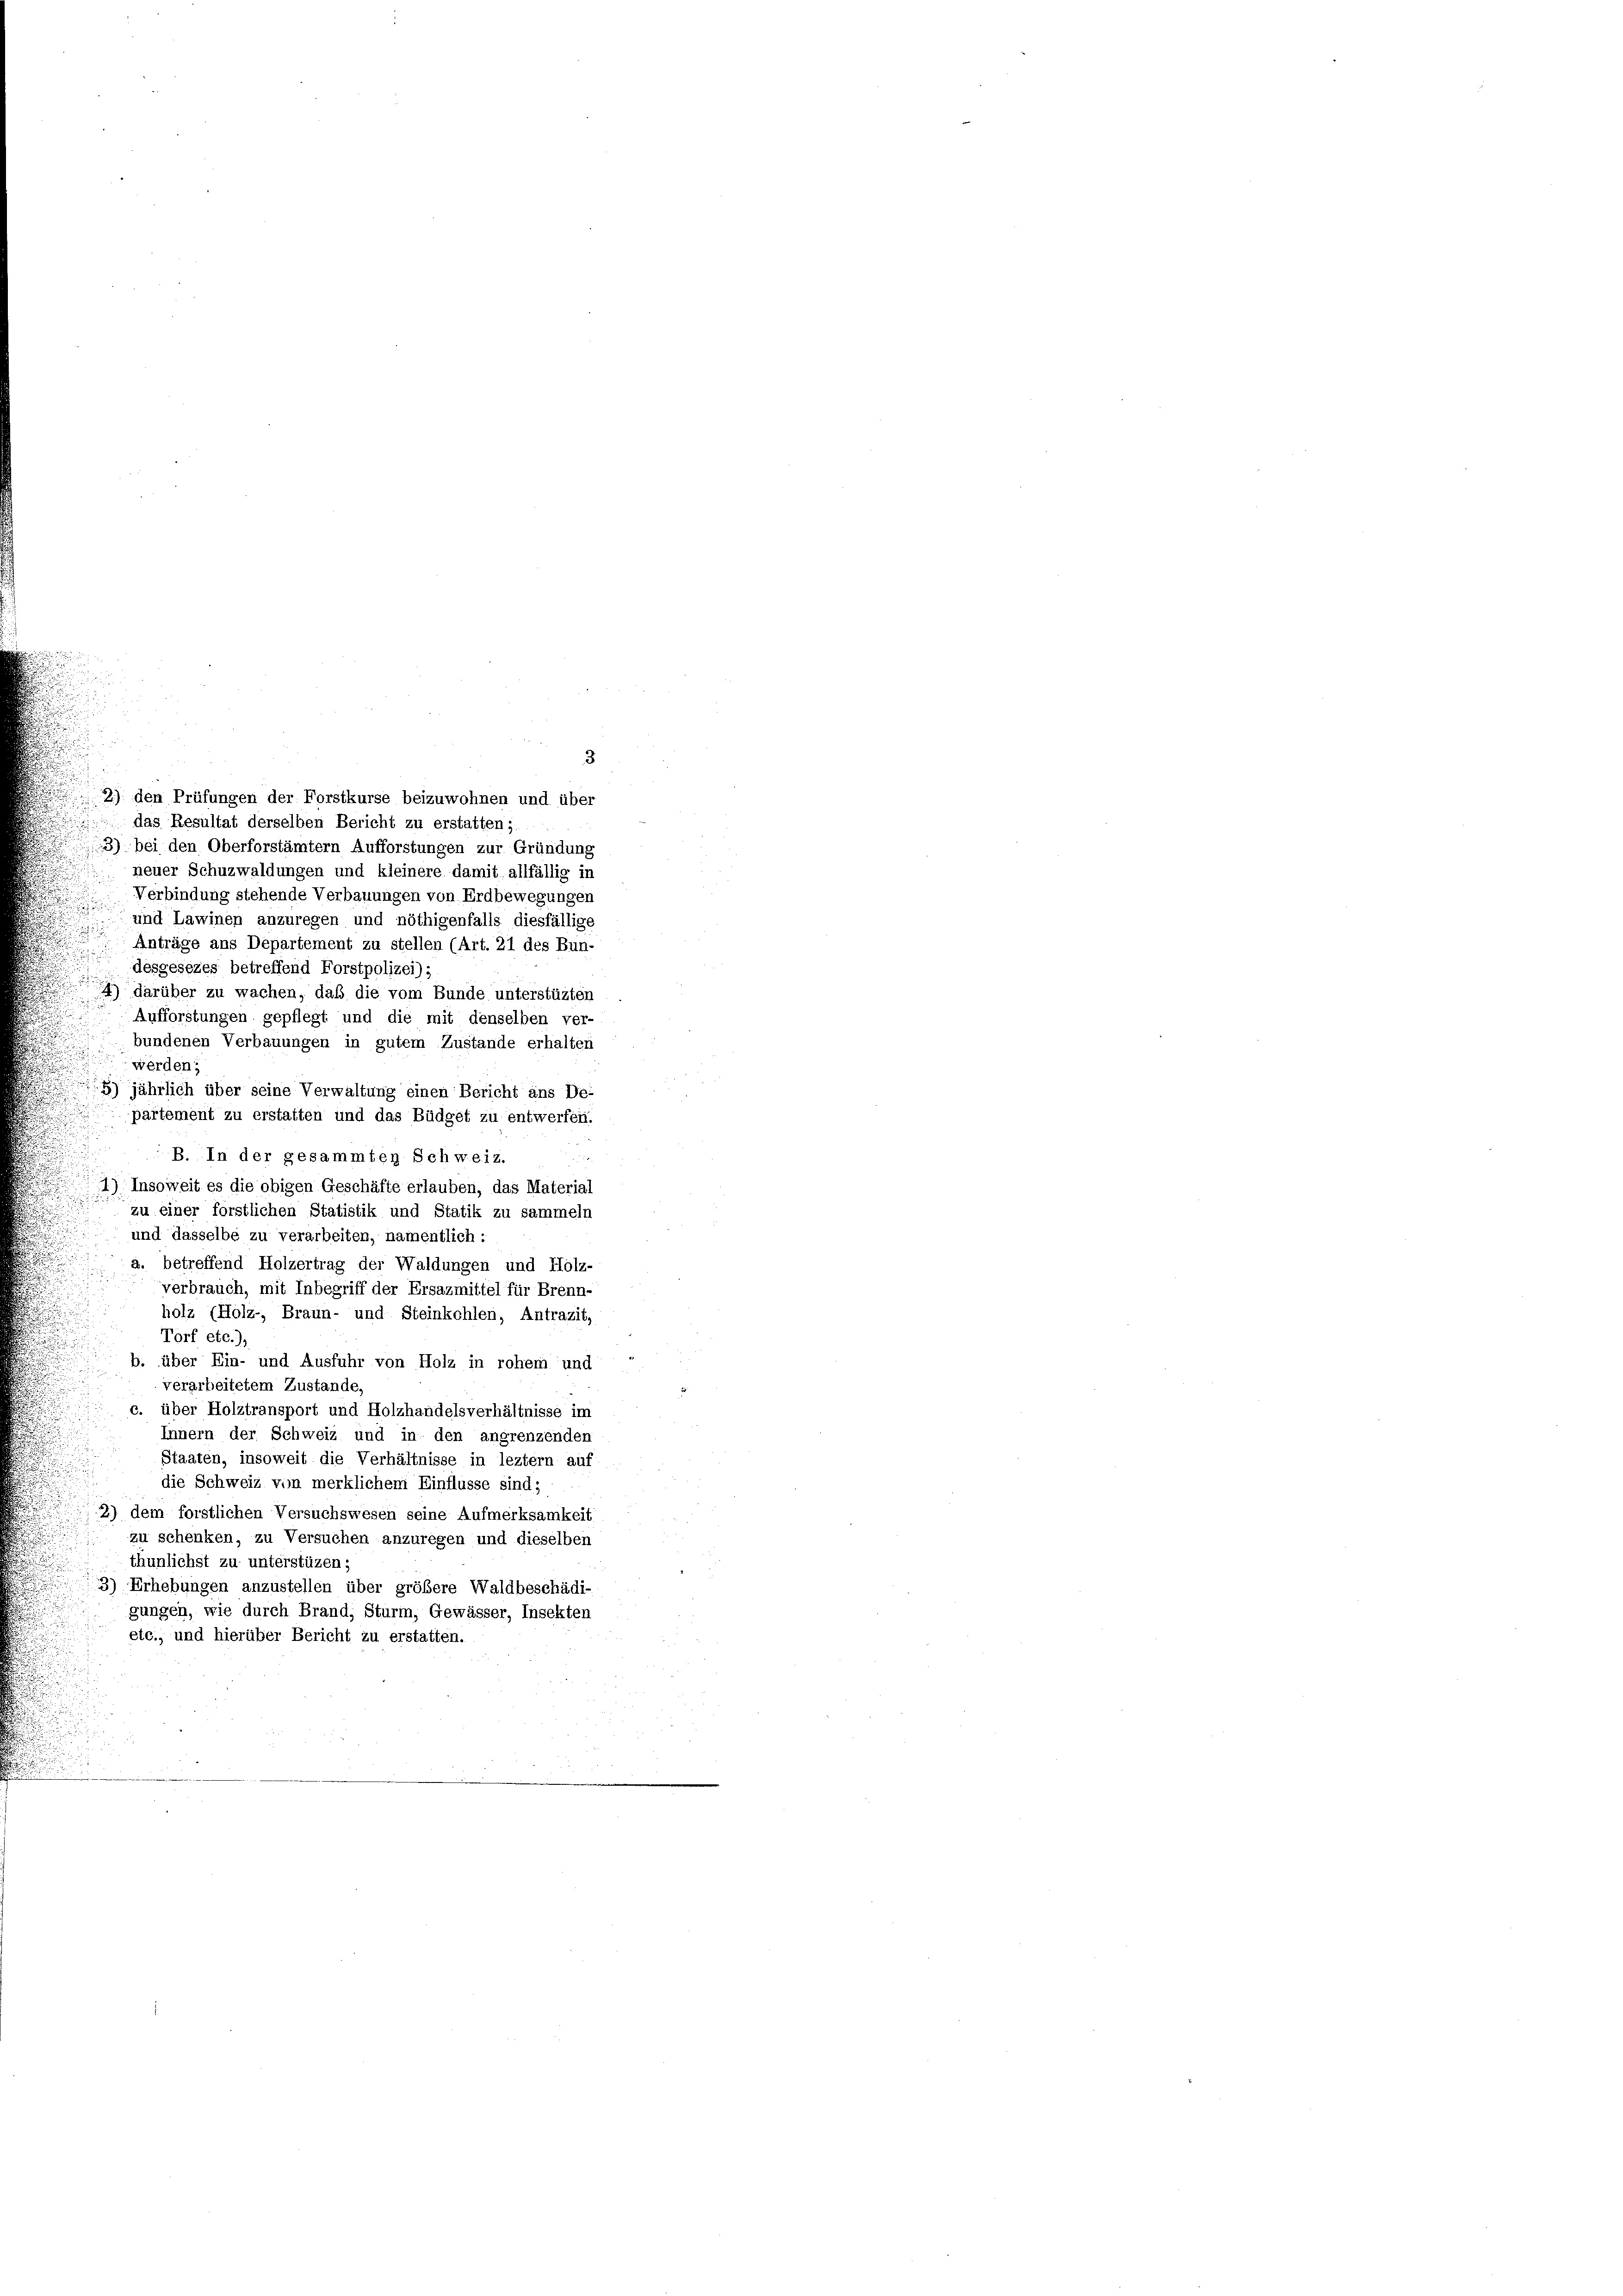
das Resultat derselben Bericht zu erstatten;
3) bei den Oberforstämtern Aufforstungen zur Gründung
neuer Schuzwaldungen und kleinere damit allfällig in
Verbindung stehende Verbauungen von Erdbewegungen
und Lawinen anzuregen und nöthigenfalls diesfällige
Anträge ans Departement zu stellen (Art. 21 des Bun-
desgesezes betreffend Forstpolizei);
4) darüber zu wachen, daß die vom Bunde unterstüzten
Aufforstungen gepflegt und die mit denselben ver-
bundenen Verbauungen in gutem Zustande erhalten
werden;
) jährlich über seine Verwaltung einen Bericht ans De-
partement zu erstatten und das Büdget zu entwerfen.
B. In der gesammten Schweiz.
1) Insoweit es die obigen Geschäfte erlauben, das Material
zu einer forstlichen Statistik und Statik zu sammeln
und dasselbe zu verarbeiten, namentlich:
a. betreffend Holzertrag der Waldungen und Holz-
verbrauch, mit Inbegriff der Ersazmittel für Brenn-
holz (Holz-, Braun- und Steinkohlen, Antragit,
Torf etc.),
über Ein- und Ausfuhr von Holz in rohem und
verarbeitetem Zustande.
über Holztransport und Holzhandelsverhältnisse im
Innern der Schweiz und in den angrenzenden
Staaten, insoweit die Verhältnisse in leztem auf
die Schweiz von merklichen Einflusse sind;
2) dem forstlichen Versuchswesen seine Aufmerksamkeit
zu schenken, zu Versuchen anzuregen und dieselben
thunlichst zu unterstüzen:
3) Erhebungen anzustellen über größere Waldbeschädi-
gungen, wie durch Brand, Sturm, Gewässer, Insekten
etc., und hierüber Bericht zu erstatten.

2) den Prüfungen der Forstkurse beizuwohnen und über

3